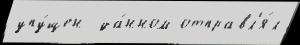
упу́щен  да́нном отправл'я́л